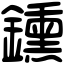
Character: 鑂